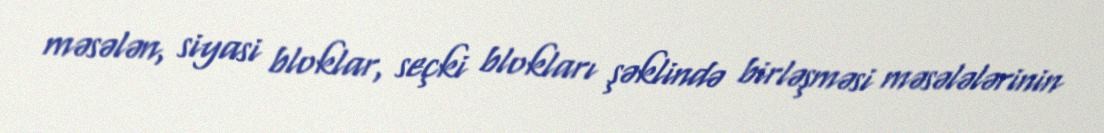
məsələn, siyasi bloklar, seçki blokları şəklində birləşməsi məsələlərinin